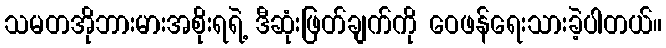
သမတအိုဘားမားအစိုးရရဲ့ ဒီဆုံးဖြတ်ချက်ကို ဝေဖန်ရေးသားခဲ့ပါတယ်။